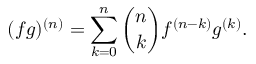
( f g ) ^ { ( n ) } = \sum _ { k = 0 } ^ { n } { \binom { n } { k } } f ^ { ( n - k ) } g ^ { ( k ) } .